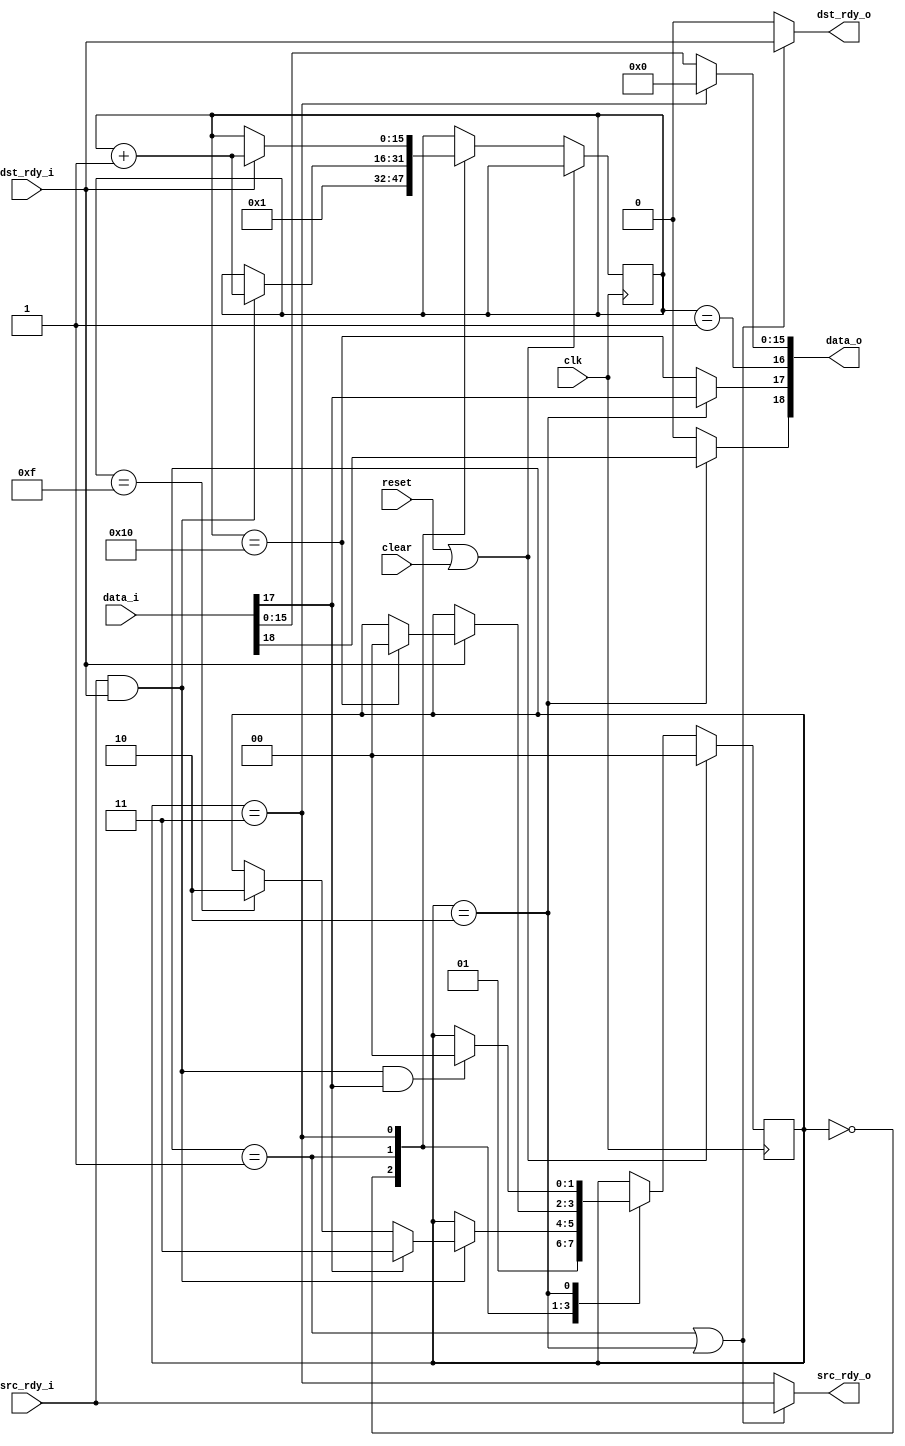
//
// Copyright 2011 Ettus Research LLC
//
// This program is free software: you can redistribute it and/or modify
// it under the terms of the GNU General Public License as published by
// the Free Software Foundation, either version 3 of the License, or
// (at your option) any later version.
//
// This program is distributed in the hope that it will be useful,
// but WITHOUT ANY WARRANTY; without even the implied warranty of
// MERCHANTABILITY or FITNESS FOR A PARTICULAR PURPOSE.  See the
// GNU General Public License for more details.
//
// You should have received a copy of the GNU General Public License
// along with this program.  If not, see <http://www.gnu.org/licenses/>.
//


// Pads a packet out to the minimum length
//  Packets already longer than min length are unchanged


module fifo19_pad
  #(parameter LENGTH=16,
    parameter PAD_VALUE=0)
   (input clk, input reset, input clear,
    input [18:0] data_i,
    input src_rdy_i,
    output dst_rdy_o,
    output [18:0] data_o,
    output src_rdy_o,
    input dst_rdy_i);

   reg [15:0] count;
   reg [1:0]  pad_state;
   localparam PAD_IDLE = 0;
   localparam PAD_TOOSHORT = 1;
   localparam PAD_LONGENOUGH = 2;
   localparam PAD_PADDING = 3;

   always @(posedge clk)
     if(reset | clear)
       pad_state <= PAD_IDLE;
     else
       case(pad_state)
	 PAD_IDLE :
	   begin
	      count <= 1;
	      pad_state <= PAD_TOOSHORT;
	   end
	 PAD_TOOSHORT :
	   if(src_rdy_i & dst_rdy_i)
	     begin
		count <= count + 1;
		if(data_i[17])
		  pad_state <= PAD_PADDING;
		else if(count == (LENGTH-1))
		  pad_state <= PAD_LONGENOUGH;
	     end
	 PAD_PADDING :
	   if(dst_rdy_i)
	     begin
		count <= count + 1;
		if(count == LENGTH)
		  pad_state <= PAD_IDLE;
	     end
	 PAD_LONGENOUGH :
	   if(src_rdy_i & dst_rdy_i & data_i[17])
	     pad_state <= PAD_IDLE;
       endcase // case (pad_state)
   
   wire passthru = (pad_state == PAD_TOOSHORT) | (pad_state == PAD_LONGENOUGH);
   
   assign dst_rdy_o = passthru ? dst_rdy_i : 1'b0;
   assign src_rdy_o = passthru ? src_rdy_i : (pad_state == PAD_PADDING);
   
   assign data_o[15:0] = (pad_state == PAD_PADDING) ? PAD_VALUE : data_i[15:0];
   assign data_o[16] = (count == 1);
   assign data_o[17] = (pad_state == PAD_LONGENOUGH) ? data_i[17] : (count == LENGTH);
   assign data_o[18] = (pad_state == PAD_LONGENOUGH) ? data_i[18] : 1'b0;
   
         
endmodule // fifo19_pad